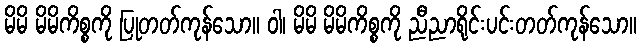
မိမိ မိမိကိစ္စကို ပြုတတ်ကုန်သော။ ဝါ၊ မိမိ မိမိကိစ္စကို ညီညာရိုင်းပင်းတတ်ကုန်သော။